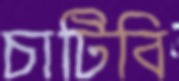
চাটিবি